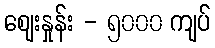
စျေးနှုန်း - ၅၀၀၀ ကျပ်